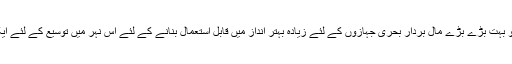
پاناما کی حکومت نے مشہور زمانہ آبی گذرگاہ پاناما کینال کو بہت بڑے بڑے مال بردار بحری جہازوں کے لئے زیادہ بہتر انداز میں قابل استعمال بنانے کے لئے اس نہر میں توسیع کے لئے ایک عظیم تر تعمیراتی منصوبہ شروع کرنے کا فیصلہ کیا ہے۔